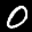
Label: 0